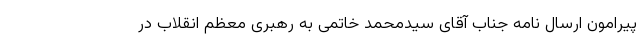
پیرامون ارسال نامه جناب آقای سیدمحمد خاتمی به رهبری معظم انقلاب در